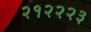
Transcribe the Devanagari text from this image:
२१२२२३